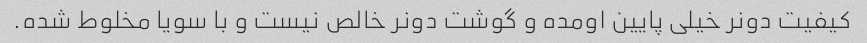
کیفیت دونر خیلی پایین اومده و گوشت دونر خالص نیست و با سویا مخلوط شده.